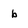
Character: b